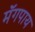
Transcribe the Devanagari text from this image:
मॅगपाय